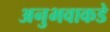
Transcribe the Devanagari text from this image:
अनुभवाकडे